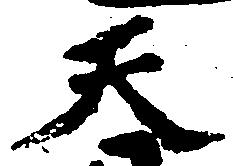
天